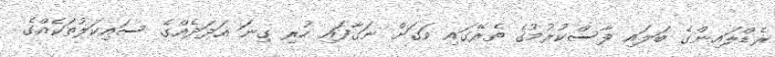
ރެޑްލައިންގެ ބަލައި ފާސްކުރުމުގެ ތެރޭގައި ވަގަށް ނަގާފައި ހުރި ގިނަ އަދަދެއްގެ ސައިކަލުތަކެއްގެ